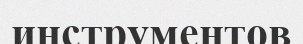
инструментов